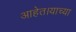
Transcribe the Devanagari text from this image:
आहेत।याच्या